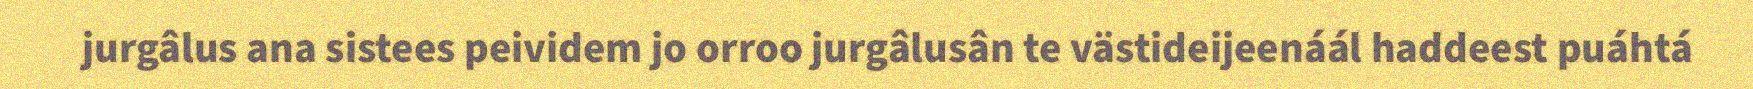
jurgâlus ana sistees peividem jo orroo jurgâlusân te västideijeenáál haddeest puáhtá